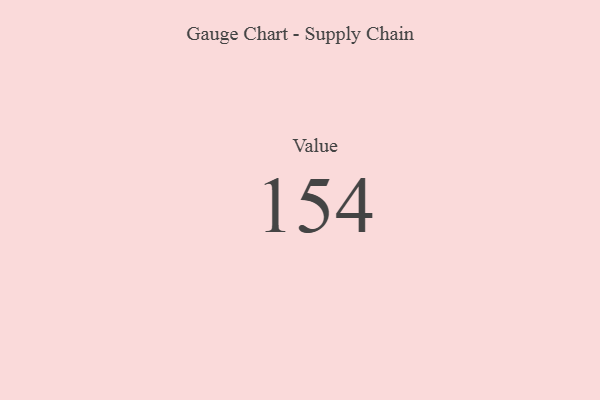
{"axis": {"x": "Metric", "y": "Value"}, "legend": [""], "data": [{"x": "Value", "y": 154, "type": ""}]}